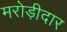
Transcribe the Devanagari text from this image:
मरोड़ीदार